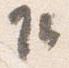
乍